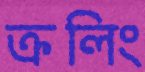
ক্রলিং